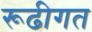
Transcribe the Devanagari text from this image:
रूढीगत